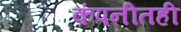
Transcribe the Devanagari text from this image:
कंपनीतही